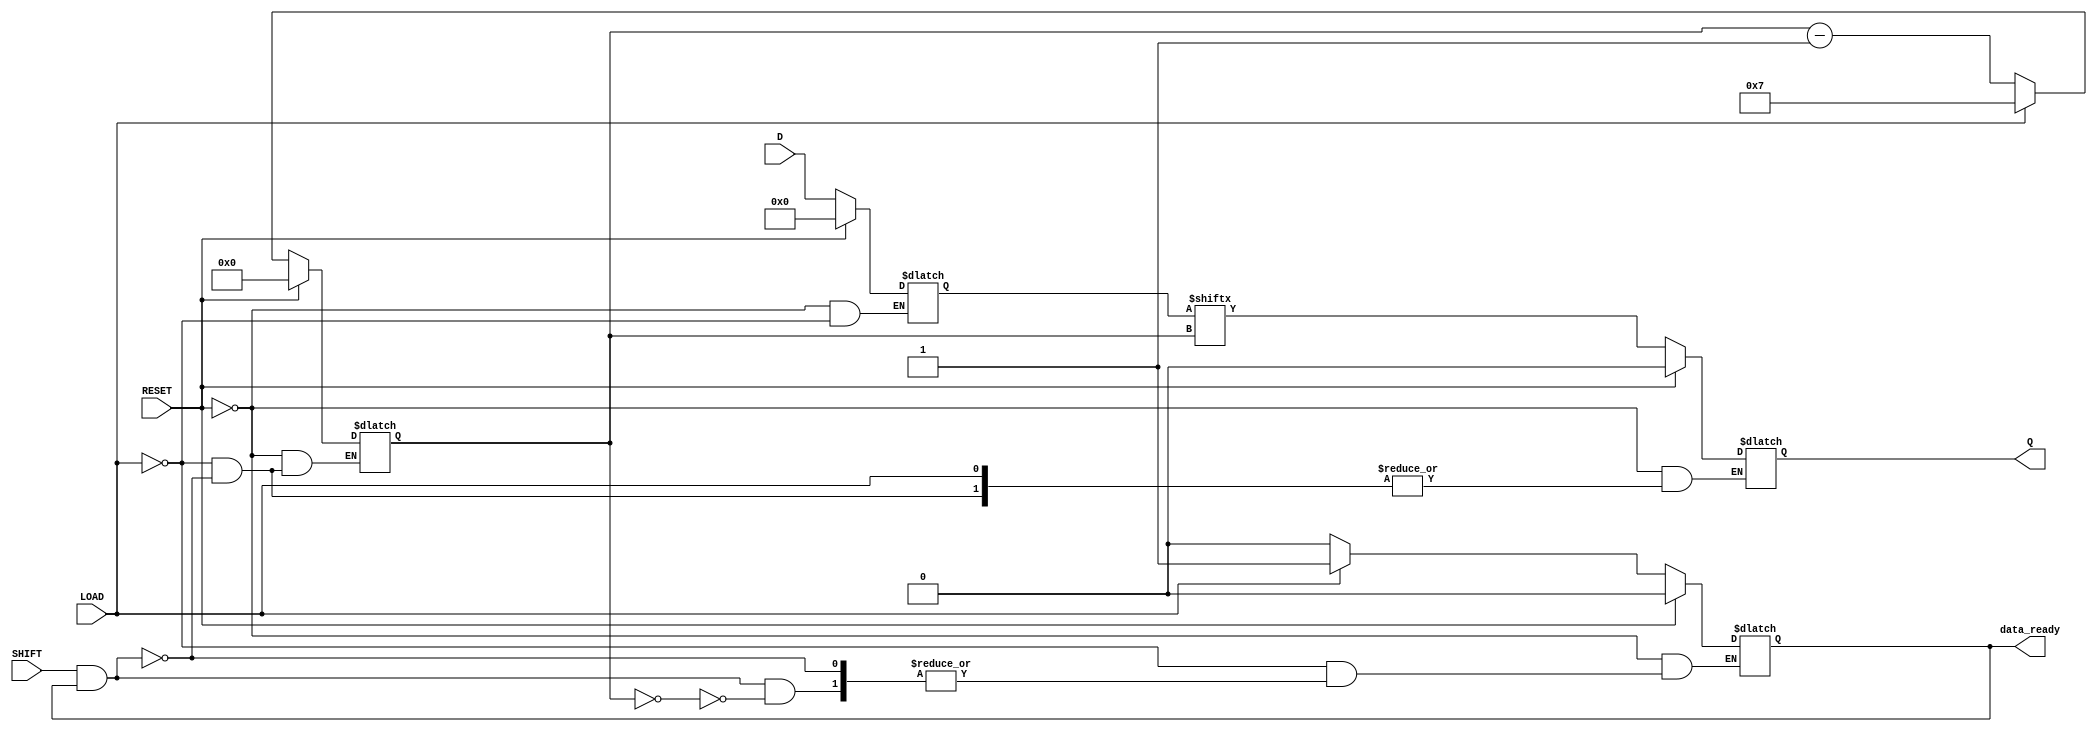
module piso_register #(
    parameter N = 8  // Width of the register (Number of bits to load in parallel)
) (
    input wire [N-1:0] D,         // Parallel Data Inputs
    input wire LOAD,               // Load Signal
    input wire SHIFT,              // Shift Signal
    input wire RESET,              // Asynchronous Reset
    output reg Q,                  // Serial Output
    output reg data_ready          // Data Ready Indicator (optional)
);

    reg [N-1:0] register;          // Storage Register
    reg [3:0] bit_count;           // Bit counter for the shifting operation

    // Asynchronous Reset and Load/Shift Logic
    always @(*) begin
        if (RESET) begin
            register <= {N{1'b0}};   // Clear the register on RESET
            data_ready <= 1'b0;      // Clear data ready indicator
            Q <= 1'b0;               // Clear serial output
            bit_count <= 4'b0;       // Reset bit counter
        end else begin
            if (LOAD) begin
                register <= D;        // Load parallel data into the register
                data_ready <= 1'b1;   // Set data ready indicator
                bit_count <= N - 1;   // Initialize bit count for shifting
            end else if (SHIFT && data_ready) begin
                Q <= register[bit_count]; // Shift out MSB first
                bit_count <= bit_count - 1; // Decrement bit counter
                // Check if all bits have been shifted out
                if (bit_count == 0) begin
                    data_ready <= 1'b0;     // Clear data ready if shifting is done
                end
            end
        end
    end

endmodule